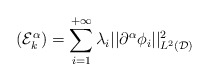
\begin{align*}(\mathcal{E}_k^{\alpha}) = \sum_{i=1}^{+\infty}\lambda_i||\partial^{\alpha}\phi_i||_{L^2(\mathcal{D})}^2\end{align*}